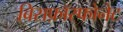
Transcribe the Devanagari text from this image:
बिसफ़ॉस्फोनेट